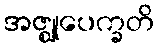
အဇ္ဈုပေက္ခတိ